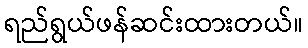
ရည်ရွယ်ဖန်ဆင်းထားတယ်။